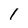
Character: I